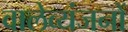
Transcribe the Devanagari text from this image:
वालेव्यंजनों